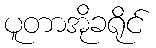
ပူတာအိုခရိုင်